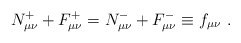
\begin{align*}N^{+}_{\mu\nu} +F^{+}_{\mu\nu} =N^{-}_{\mu\nu}+F^{-}_{\mu\nu}\equiv f_{\mu\nu}\ .\end{align*}